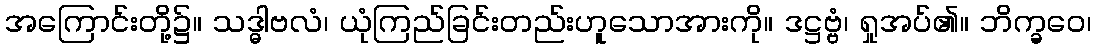
အကြောင်းတို့၌။ သဒ္ဓါဗလံ၊ ယုံကြည်ခြင်းတည်းဟူသောအားကို။ ဒဋ္ဌဗ္ဗံ၊ ရှုအပ်၏။ ဘိက္ခဝေ၊